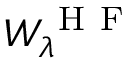
W _ { \lambda } ^ { \mathrm { ~ H ~ F ~ } }